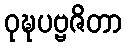
ဝုဍ္ဎပဗ္ဗဇိတာ